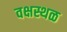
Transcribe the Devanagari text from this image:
वक्षस्थळ